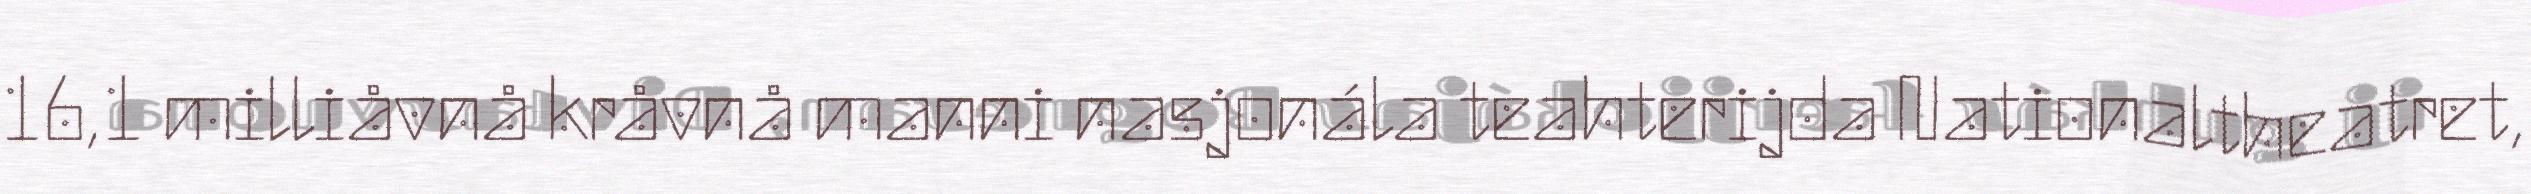
16,1 milliåvnå kråvnå manni nasjonála teahterijda Nationaltheatret,